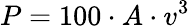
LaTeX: P=100\cdot A\cdot v^{3}